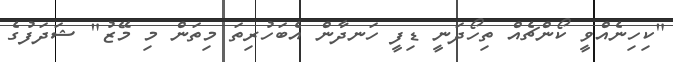
"ކިހިނެއްވީ ކޯންޗެއް ތިހޯދަނީ ޑިފީ ހަނދާން އެބަހުރިތަ މިތަން މި މޭޒު" ޝަދަފުގެ